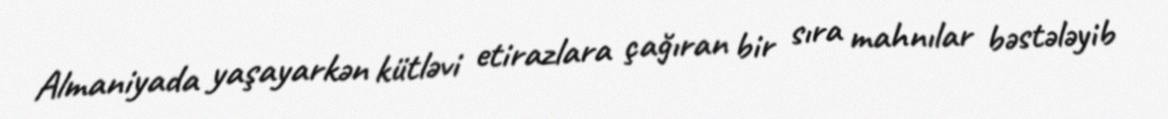
Almaniyada yaşayarkən kütləvi etirazlara çağıran bir sıra mahnılar bəstələyib